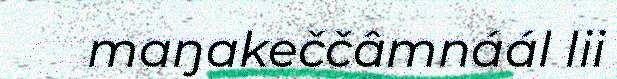
maŋakeččâmnáál lii